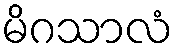
မိဂသာလံ